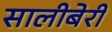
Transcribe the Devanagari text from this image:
सालीबेरी